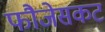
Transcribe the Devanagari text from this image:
फौजेसकट